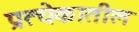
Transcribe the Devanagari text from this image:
प्रत्येकातील